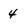
Character: 4